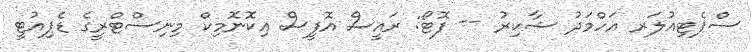
ސްޕެޓިއުލަރ އަހްމަދު ޝާކިރު -- ފޮޓޯ: ރައީސް އޮފީސް އިކޮނޮމިކް މިނިސްޓްރީގެ ޑެޕިއުޓީ